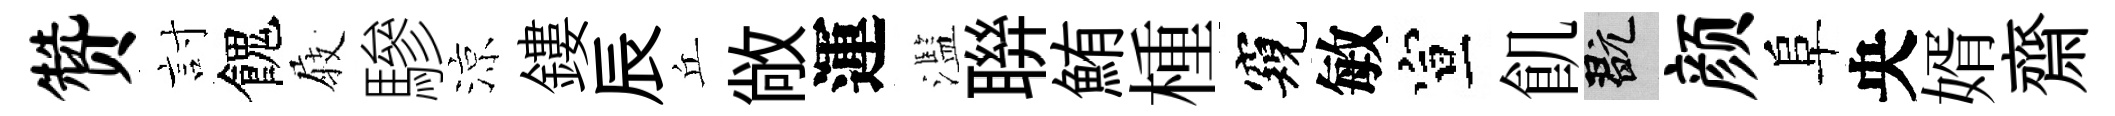
赞討餽𡲆驂涼鏤辰丘敞運濫聨鮪㮔窺敏宣飢玩颜阜央婿齋